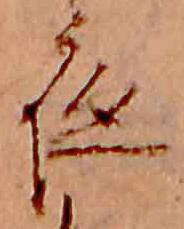
夜